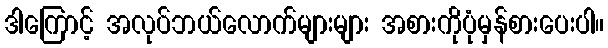
ဒါကြောင့် အလုပ်ဘယ်လောက်များများ အစားကိုပုံမှန်စားပေးပါ။